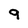
Character: 9